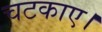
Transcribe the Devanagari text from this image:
चटकाए।